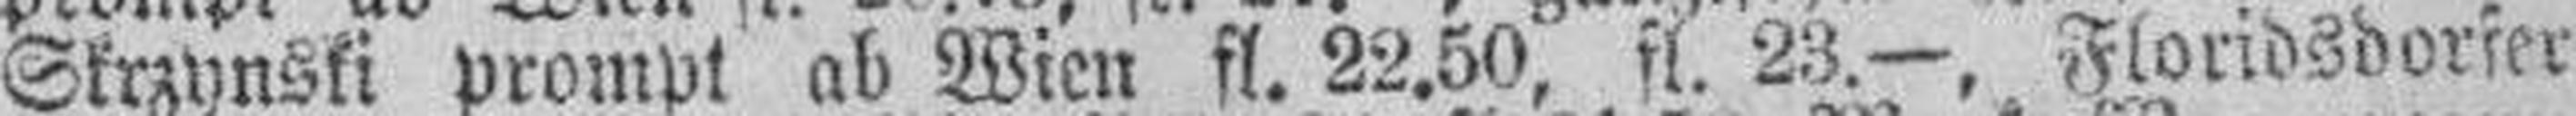
Skrzynski prompt ab Wien fl. 22.50, fl. 23.—, Floridsdorfer